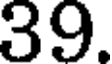
39.